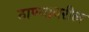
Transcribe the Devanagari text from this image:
ठाण्यावरील